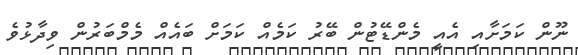
ނޫން ކަމަށާއި އެއީ މެންޑޭޓުން ބޭރު ކަމެއް ކަމަށް ބައެއް މެމްބަރުން ވިދާޅުވެ